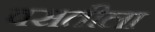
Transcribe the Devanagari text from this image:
वसतीला